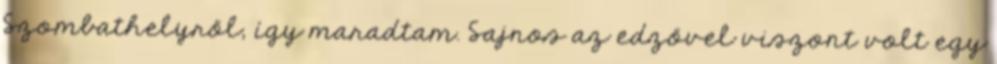
Szombathelyről, így maradtam. Sajnos az edzővel viszont volt egy